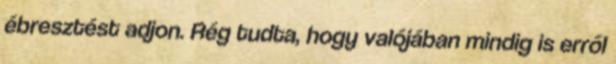
ébresztést adjon. Rég tudta, hogy valójában mindig is erről